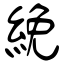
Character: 絻